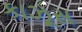
કાઝૂસ